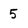
Character: 5